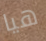
هيا